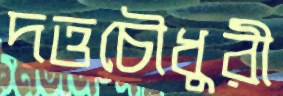
দত্তচৌধুরী